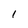
Character: l